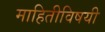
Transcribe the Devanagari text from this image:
माहितीविषयी